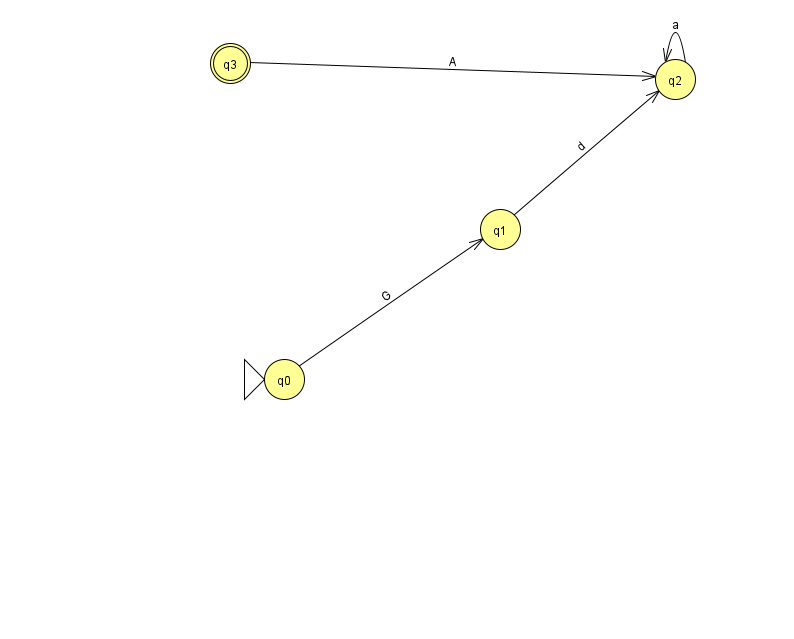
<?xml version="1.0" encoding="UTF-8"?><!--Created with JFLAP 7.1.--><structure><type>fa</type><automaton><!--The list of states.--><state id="0" name="q0"><x>284.0</x><y>366.0</y><initial/></state><state id="1" name="q1"><x>500.0</x><y>216.0</y></state><state id="2" name="q2"><x>675.0</x><y>66.0</y></state><state id="3" name="q3"><x>230.0</x><y>50.0</y><final/></state><!--The list of transitions.--><transition><from>3</from><to>2</to><read>A</read></transition><transition><from>2</from><to>2</to><read>a</read></transition><transition><from>0</from><to>1</to><read>G</read></transition><transition><from>1</from><to>2</to><read>d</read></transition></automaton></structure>